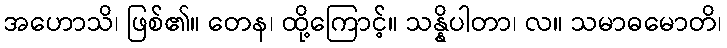
အဟောသိ၊ ဖြစ်၏။ တေန၊ ထို့ကြောင့်။ သန္နိပါတာ၊ လ။ သမာဓမောတိ၊